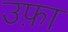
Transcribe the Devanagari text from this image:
उफ़ा